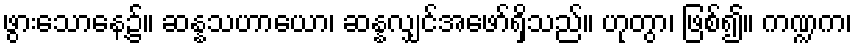
ဖွားသောနေ့၌။ ဆန္နသဟာယော၊ ဆန္နလျှင်အဖော်ရှိသည်။ ဟုတွာ၊ ဖြစ်၍။ ကဏ္ဍက၊